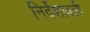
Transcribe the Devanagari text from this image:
निर्देशावली